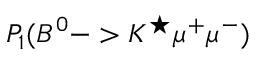
P _ { 1 } ( B ^ { 0 } - > K ^ { \star } \mu ^ { + } \mu ^ { - } )